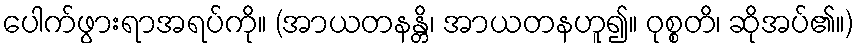
ပေါက်ဖွားရာအရပ်ကို။ (အာယတနန္တိ၊ အာယတနဟူ၍။ ဝုစ္စတိ၊ ဆိုအပ်၏။)